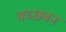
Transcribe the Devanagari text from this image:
बच्छबन